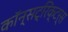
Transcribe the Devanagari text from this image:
कॉन्सट्रिक्टर्स